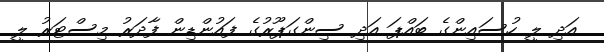
އަދި ލީ ހުސައިންގެ ބައްޕަ އަދި ސިންގަޕޫރުގެ ފައުންޑިން ފާދަރު މިސްޓަރު ލީ